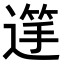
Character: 𮞺